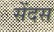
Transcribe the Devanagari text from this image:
सेंदस